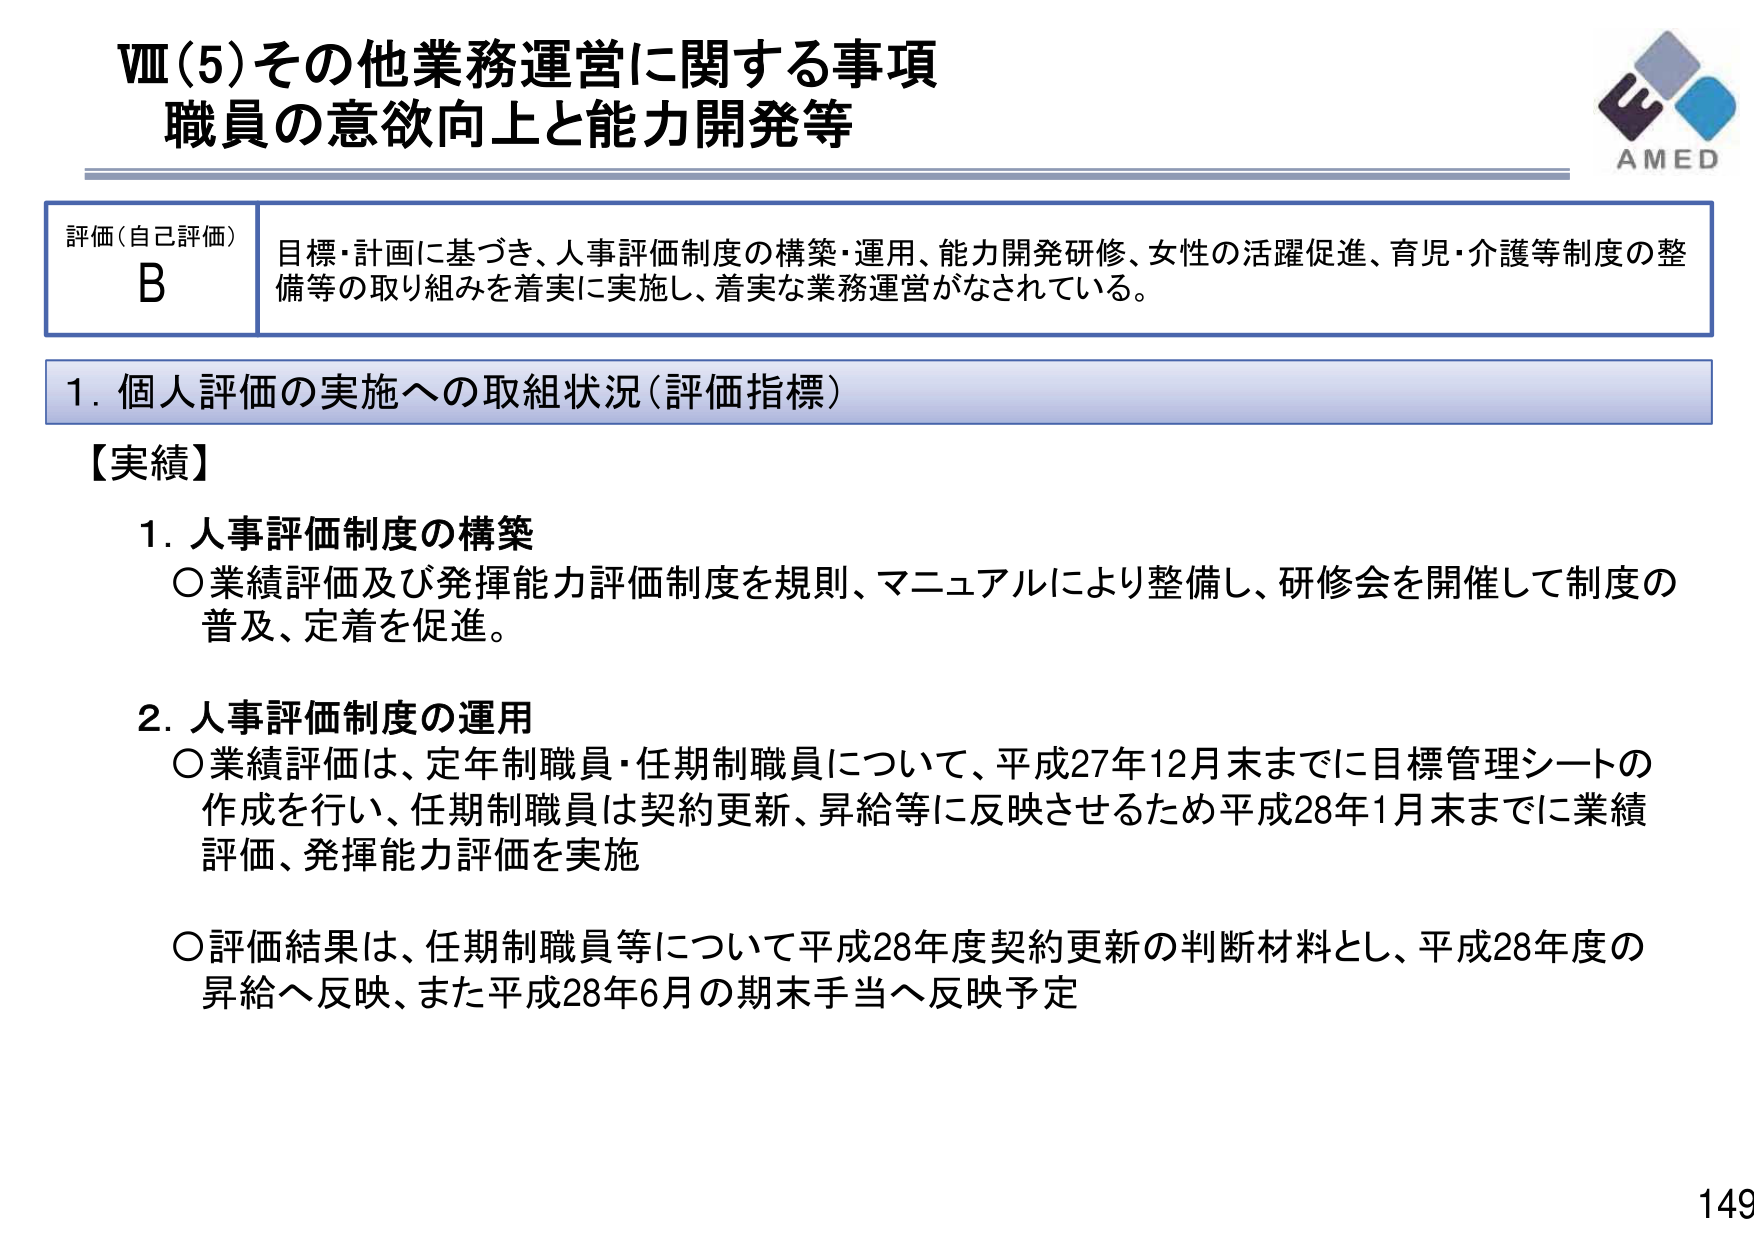
Ⅷ(5)その他業務運営に関する事項
職員の意欲向上と能力開発等

評価(自己評価)
B
目標・計画に基づき、人事評価制度の構築・運用、能力開発研修、女性の活躍促進、育児・介護等制度の整備等の取り組みを着実に実施し、着実な業務運営がなされている。

1. 個人評価の実施への取組状況（評価指標）

【実績】
1. 人事評価制度の構築
○業績評価及び発揮能力評価制度を規則、マニュアルにより整備し、研修会を開催して制度の普及、定着を促進。

2. 人事評価制度の運用
○業績評価は、定年制職員・任期制職員について、平成27年12月末までに目標管理シートの作成を行い、任期制職員は契約更新、昇給等に反映させるため平成28年1月末までに業績評価、発揮能力評価を実施
○評価結果は、任期制職員等について平成28年度契約更新の判断材料とし、平成28年度の昇給へ反映、また平成28年6月の期末手当へ反映予定

AMED
149